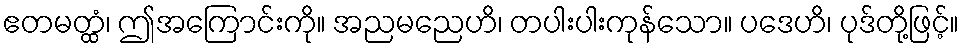
ဧတမတ္ထံ၊ ဤအကြောင်းကို။ အညမညေဟိ၊ တပါးပါးကုန်သော။ ပဒေဟိ၊ ပုဒ်တို့ဖြင့်။